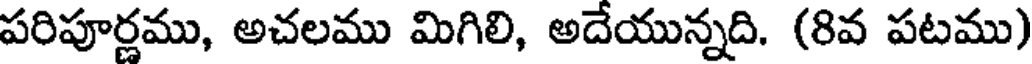
పరిపూర్ణము, అచలము మిగిలి, అదేయున్నది. (8వ పటము)